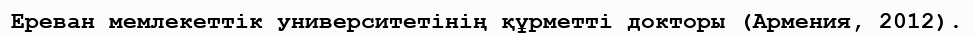
Ереван мемлекеттік университетінің құрметті докторы (Армения, 2012).